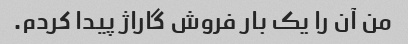
من آن را یک بار فروش گاراژ پیدا کردم.